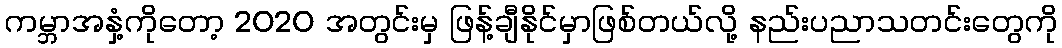
ကမ္ဘာအနှံ့ကိုတော့ 2020 အတွင်းမှ ဖြန့်ချီနိုင်မှာဖြစ်တယ်လို့ နည်းပညာသတင်းတွေကို